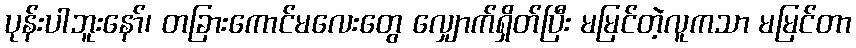
ပုန်းပါဘူးနော်၊ တခြားကောင်မလေးတွေ လျှောက်ရှိတ်ပြီး မမြင်တဲ့လူကသာ မမြင်တာ